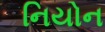
નિયોન